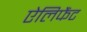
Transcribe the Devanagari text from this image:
ऐलिफैंट